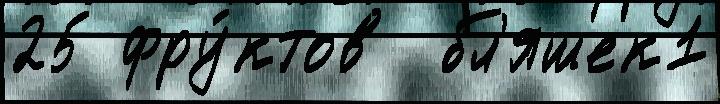
25 фру́ктов  бл'яшек1